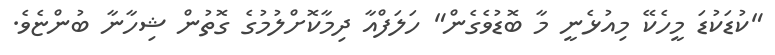
"ކުޑަކުޑަ މީހެކޭ މިއުޅެނީ މާ ބޮޑުވެގެން" ހަލަފްއާ ދިމާކޮށްލުމުގެ ގޮތުން ޝިހާނާ ބުންޏެވެ.